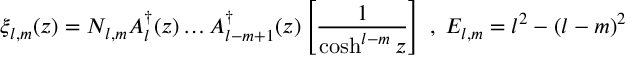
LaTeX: \xi _ { l , m } ( z ) = N _ { l , m } A _ { l } ^ { \dagger } ( z ) \dots A _ { l - m + 1 } ^ { \dagger } ( z ) \left[ \frac { 1 } { \cosh ^ { l - m } z } \right] \; , \; E _ { l , m } = l ^ { 2 } - ( l - m ) ^ { 2 }